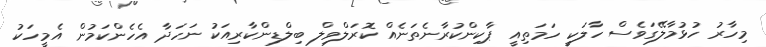
މިހާރު ހުޅުމާލޭގަވެސް ހާލަކީ ހަމަތިއީ ޕާކިންކުރާނެތަނެއް ކޮރަލްވިލް ބިލްޑިންކާރިއަކު ނަހަދާ އެހެންކަމުން އެމީހަކު